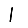
Digit: 1